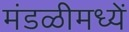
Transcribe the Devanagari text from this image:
मंडळीमध्यें